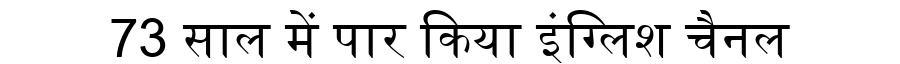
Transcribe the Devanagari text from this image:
73 साल में पार किया इंग्लिश चैनल